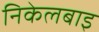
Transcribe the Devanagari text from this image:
निकेलबाइ